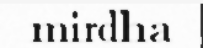
mirdha